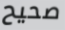
صحيح